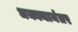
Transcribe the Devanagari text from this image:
धक्क्यानंतर